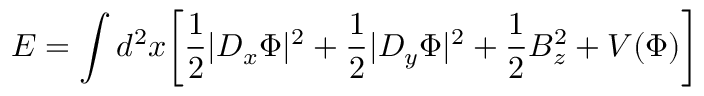
E = \int d ^ { 2 } x \biggl [ { \frac { 1 } { 2 } } | D _ { x } \Phi | ^ { 2 } + { \frac { 1 } { 2 } } | D _ { y } \Phi | ^ { 2 } + { \frac { 1 } { 2 } } B _ { z } ^ { 2 } + V ( \Phi ) \biggr ]